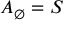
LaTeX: A _ { \emptyset } = S